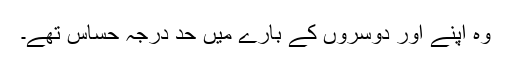
وہ اپنے اور دوسروں کے بارے میں حد درجہ حساس تھے۔